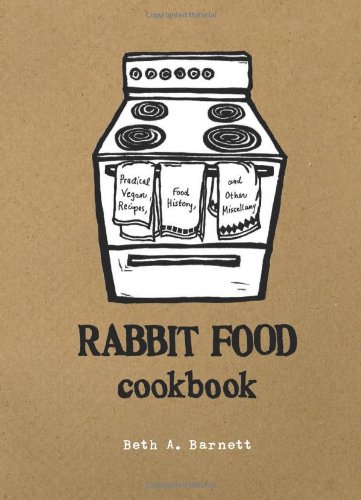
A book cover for Rabbit Food Cookbook: Practical Vegan Recipes, Food History, and Other Miscellany; Cookbooks, Food & Wine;